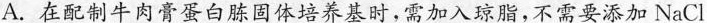
A.在配制牛肉膏蛋白胨固体培养基时，需加入琼脂，不需要添加NaCl